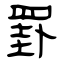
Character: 罫